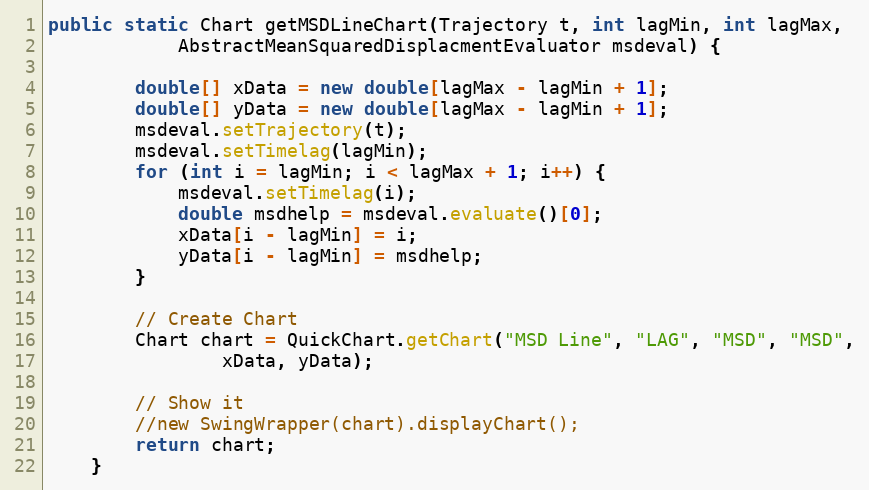
Language: Java
public static Chart getMSDLineChart(Trajectory t, int lagMin, int lagMax,
			AbstractMeanSquaredDisplacmentEvaluator msdeval) {

		double[] xData = new double[lagMax - lagMin + 1];
		double[] yData = new double[lagMax - lagMin + 1];
		msdeval.setTrajectory(t);
		msdeval.setTimelag(lagMin);
		for (int i = lagMin; i < lagMax + 1; i++) {
			msdeval.setTimelag(i);
			double msdhelp = msdeval.evaluate()[0];
			xData[i - lagMin] = i;
			yData[i - lagMin] = msdhelp;
		}

		// Create Chart
		Chart chart = QuickChart.getChart("MSD Line", "LAG", "MSD", "MSD",
				xData, yData);

		// Show it
		//new SwingWrapper(chart).displayChart();
		return chart;
	}